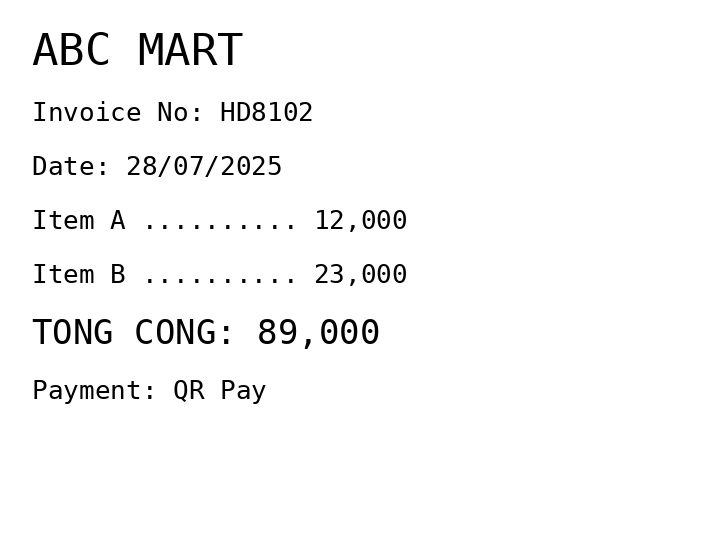
ABC MART
Invoice No: HD8102
Date: 28/07/2025
Item A .......... 12,000
Item B .......... 23,000
TONG CONG: 89,000
Payment: QR Pay
Merchant: abc mart
Date: 2025-07-28
Total: 89000
Invoice No: HD8102
Payment method: QR